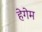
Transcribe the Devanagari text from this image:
हेगेम